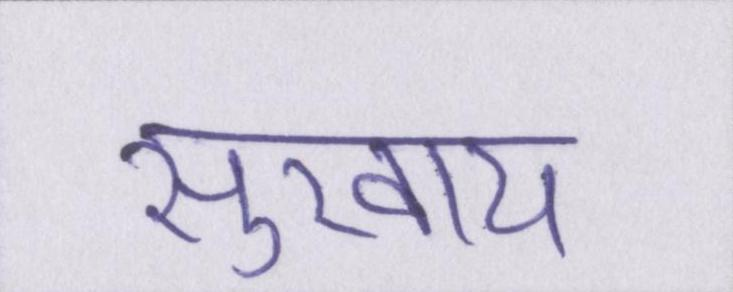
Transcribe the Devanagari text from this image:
सुखाय